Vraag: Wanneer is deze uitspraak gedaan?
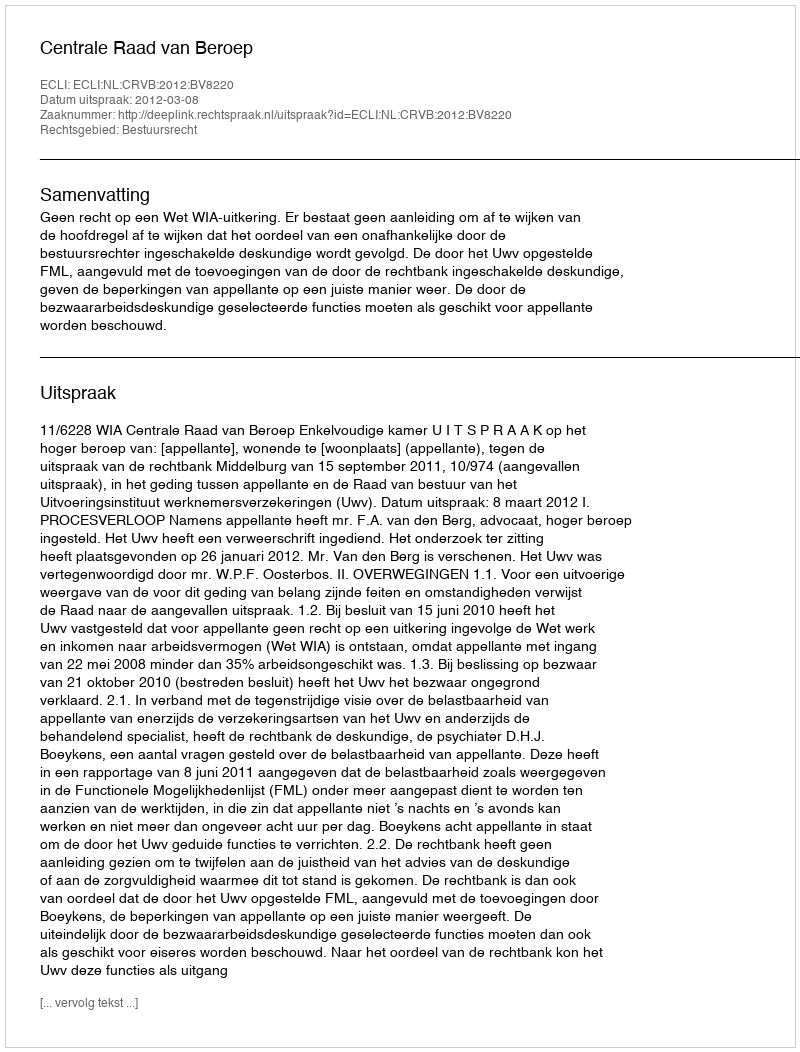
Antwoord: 2012-03-08